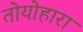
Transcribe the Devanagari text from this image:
तोयोहारा